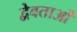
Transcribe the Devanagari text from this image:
द्वेवताओं